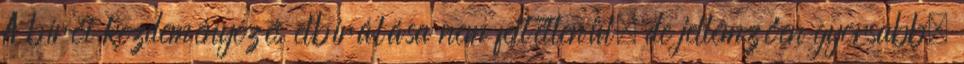
A bírói kezdeményezés elbírálása nem feltétlenül, de jellemzően gyorsabb,